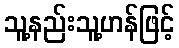
သူ့နည်းသူ့ဟန်ဖြင့်